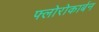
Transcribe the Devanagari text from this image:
फ्लोरोकार्बन